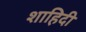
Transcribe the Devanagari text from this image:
शाहिदी